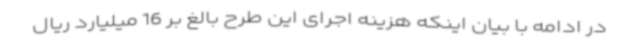
در ادامه با بیان اینکه هزینه اجرای این طرح بالغ بر 16 میلیارد ریال